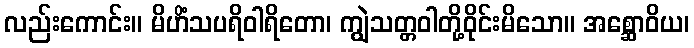
လည်းကောင်း။ မိဟိံသပရိဝါရိတော၊ ကျွဲသတ္တဝါတို့ဝိုင်းမိသော။ အစ္ဆောဝိယ၊